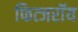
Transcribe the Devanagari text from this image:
फित्जरॉय